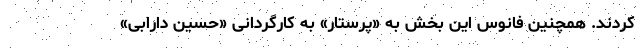
کردند. همچنین فانوس این بخش به «پرستار» به کارگردانی «حسین دارابی»